Vaccination in Bombay 1902-1912 - 1902-1912
Year: 1902
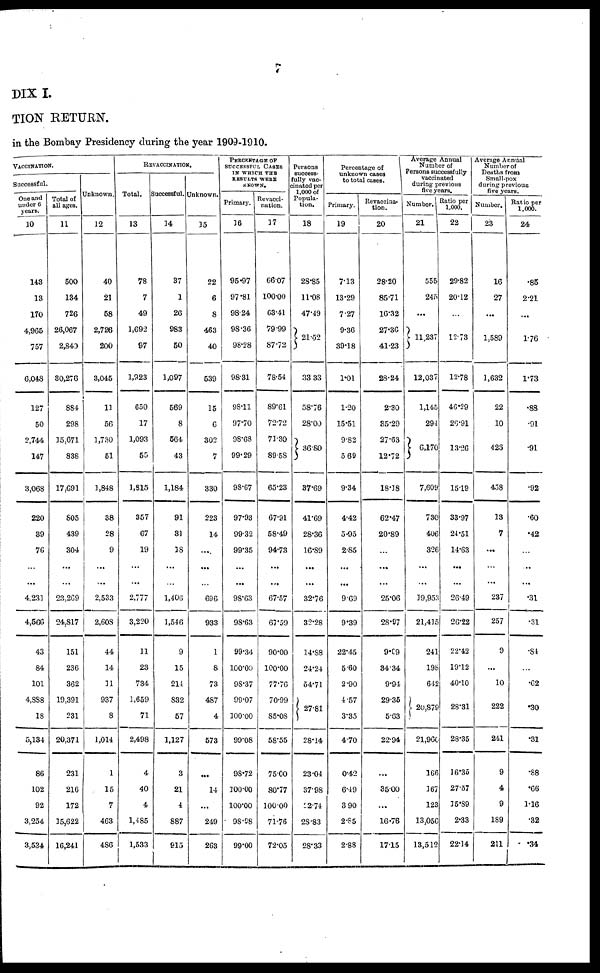
7
DIX I.
TION RETURN.
in the Bombay Presidency during the year 1909-1910.
VACCINATION.
Successful.
One and
under 6
years
10
143
13
170
4,965
757
6,048
127
50
2,744
147
3,068
220
39
76
...
...
4,231
4,566
43
84
101
4,888
18
5,184
86
102
92
3,254
3,534
Total of
all ages.
11
500
134
726
26,067
2,840
30,276
884
298
15,671
838
17,691
805
439
304
...
...
23,269
24,817
151
236
362
19,391
231
20,371
231
216
172
15,622
16,241
Unknown.
12
40
21
58
2,726
200
3,045
11
56
1,730
51
1,848
38
28
9
...
...
2,533
2,608
44
14
11
937
8
1,014
1
15
7
463
486
REVACCINATION.
Total.
13
78
7
49
1,692
97
1,923
650
17
1,093
55
1,815
357
67
19
...
...
2,777
3,220
11
23
734
1,659
71
2,498
4
40
4
1,485
1,533
Successful.
14
37
1
26
983
50
1,097
569
8
564
43
1,184
91
31
18
...
...
1,406
1,546
9
15
211
832
57
1,127
3
21
4
887
915
Unknown.
15
22
6
8
463
40
539
15
6
302
7
330
223
14
...
...
...
696
933
1
8
73
487
4
573
...
14
...
249
263
PERCENTAGE OF
SUCCESSFUL CASES
IN WHICH THE
RESULTS WERE
KNOWN.
Primary.
16
95.97
97.81
98.24
98.36
98.28
98.31
98.11
97.70
98.68
99.29
98.67
97.93
99.32
99.35
...
...
98.63
98.63
99.34
100.00
98.37
99.07
100.00
99.08
98.72
100.00
100.00
98.98
99.00
Revacci¬
nation.
17
66.07
100.00
63.41
79.99
87.72
78.54
89.61
72.72
71.30
89.58
65.23
67.91
58.49
94.73
...
...
67.57
67.59
90.00
100.00
77.76
70.99
85.08
58.55
75.00
80.77
100.00
71.76
72.05
Persons
success-
fully vac¬
cinated per
1,000 of
Popula-
tion.
18
28.85
11.08
47.49
21.52
33.33
58.76
28.00
36.80
37.69
41.69
28.36
16.89
...
...
32.76
32.28
14.88
24.24
54.71
27.81
28.14
23.04
37.98
22.74
28.83
28.33
Percentage of
unknown cases
to total cases.
Primary.
19
7.13
13.29
7.27
9.36
39.18
1.01
1.20
15.51
9.82
5.69
9.34
4.42
5.95
2.85
...
...
9.69
9.39
22.45
5.60
2.90
4.57
3.35
4.70
0.42
6.19
3.90
2.85
2.88
Revaccina¬
tion.
20
28.20
85.71
16.32
27.36
41.23
28.24
2.30
35.29
27.63
12.72
18.18
62.47
20.89
...
...
...
25.06
28.97
9.09
34.34
9.94
29.35
5.63
22.94
...
35.00
...
16.76
17.15
Average Annual
Number of
Persons successfully
vaccinated
during previous
five years.
Number.
21
555
245
...
11,237
12,037
1,145
294
6,170
7,609
730
406
326
...
...
19,953
21,415
241
198
642
20,879
21.960
166
167
123
13,056
13,512
Ratio per
1,000.
22
29.82
20.12
...
12.73
12.78
46.29
26.91
13.26
1519
33.97
24.51
14.63
...
...
26.49
26.22
22.42
19.12
40.10
28.31
28.35
16.35
27.57
15.89
2.33
22.14
Average Annual
Number of
Deaths from
Small-pox
during previous
five years.
Number.
23
16
27
...
1,589
1,632
22
10
426
438
13
7
...
...
...
237
257
9
...
10
222
241
9
4
9
189
211
Ratio per
1,000.
24
.85
2.21
...
1.76
1.73
.88
.91
.91
.92
.60
.42
...
...
...
.31
.31
.84
...
.62
.30
.31
.88
.66
1.16
.32
.34